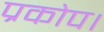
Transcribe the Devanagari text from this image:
प्रकोप।